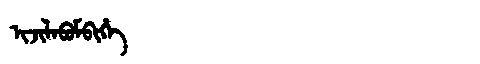
Manchu: ᡳᠵᡳᠯᠠᠪᡠᠮᠪᡳᡥᡝ
Romanization: IJILABUMBIHE